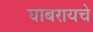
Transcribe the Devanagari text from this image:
घाबरायचे